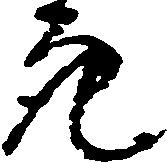
亮